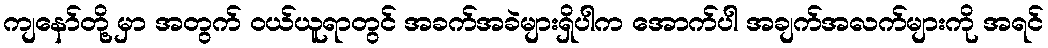
ကျနော်တို့ မှာ အတွက် ဝယ်ယူရာတွင် အခက်အခဲများရှိပါက အောက်ပါ အချက်အလက်များကို အရင်